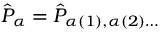
\hat { P } _ { \alpha } = \hat { P } _ { \alpha ( 1 ) , \alpha ( 2 ) \ldots }